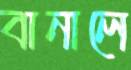
বানালে